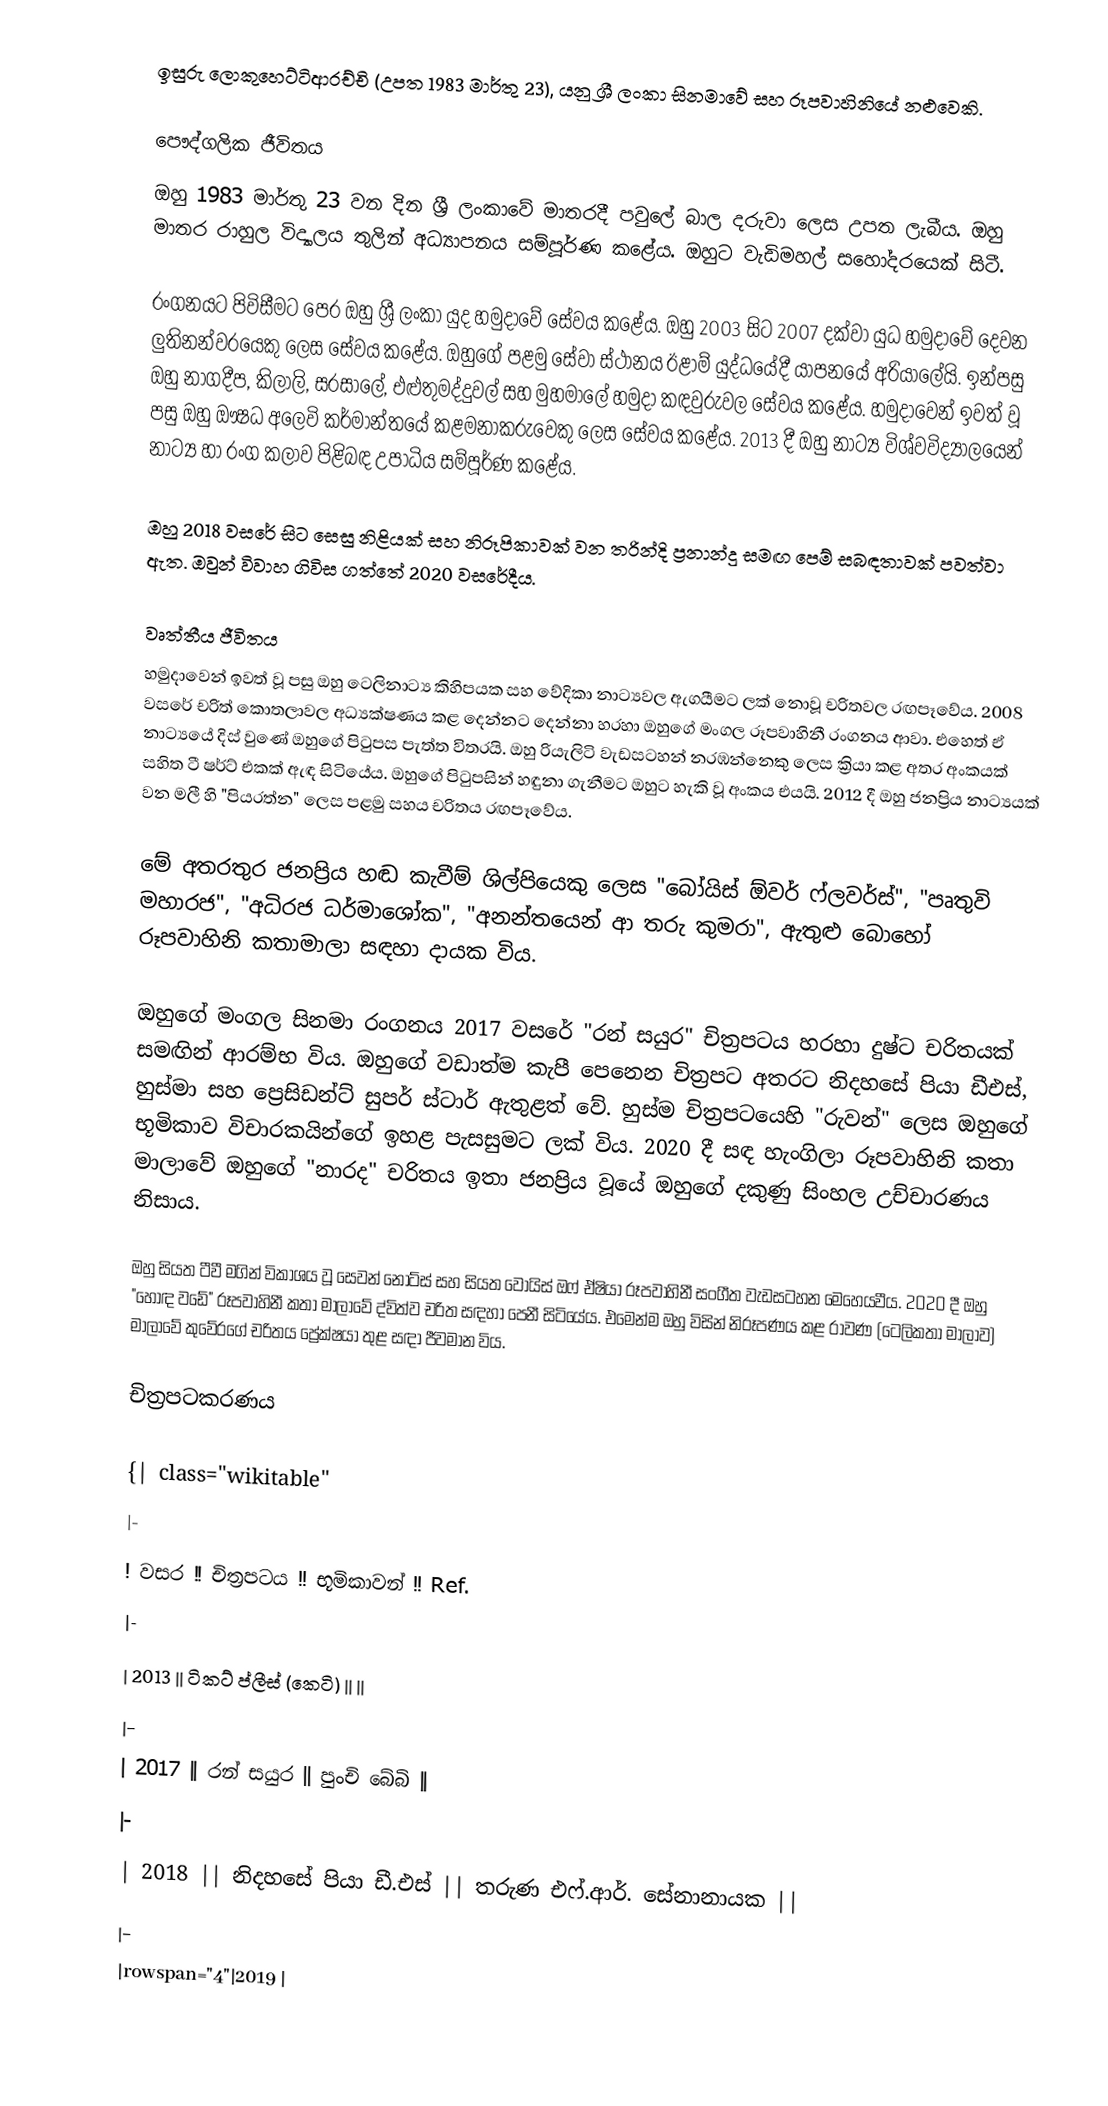
ඉසුරු ලොකුහෙට්ටිආරච්චි (උපත 1983 මාර්තු 23), යනු ශ්‍රී ලංකා සිනමාවේ සහ රූපවාහිනියේ නළුවෙකි.

පෞද්ගලික ජීවිතය
ඔහු 1983 මාර්තු 23 වන දින ශ්‍රී ලංකාවේ මාතරදී පවුලේ බාල දරුවා ලෙස උපත ලැබීය. ඔහු මාතර රාහුල විද්‍යාලය තුලින් අධ්‍යාපනය සම්පූර්ණ කළේය. ඔහුට වැඩිමහල් සහෝදරයෙක් සිටී.

රංගනයට පිවිසීමට පෙර ඔහු ශ්‍රී ලංකා යුද හමුදාවේ සේවය කළේය. ඔහු 2003 සිට 2007 දක්වා යුධ හමුදාවේ දෙවන ලුතිනන්වරයෙකු ලෙස සේවය කළේය. ඔහුගේ පළමු සේවා ස්ථානය ඊළාම් යුද්ධයේදී යාපනයේ අරියාලේයි. ඉන්පසු ඔහු නාගදීප, කිලාලි, සරසාලේ, එළුතුමද්දුවල් සහ මුහමාලේ හමුදා කඳවුරුවල සේවය කළේය. හමුදාවෙන් ඉවත් වූ පසු ඔහු ඖෂධ අලෙවි කර්මාන්තයේ කළමනාකරුවෙකු ලෙස සේවය කළේය. 2013 දී ඔහු නාට්‍ය විශ්වවිද්‍යාලයෙන් නාට්‍ය හා රංග කලාව පිළිබඳ උපාධිය සම්පූර්ණ කළේය.

ඔහු 2018 වසරේ සිට සෙසු නිළියක් සහ නිරූපිකාවක් වන තරින්දි ප්‍රනාන්දු සමඟ පෙම් සබඳතාවක් පවත්වා ඇත. ඔවුන් විවාහ ගිවිස ගත්තේ 2020 වසරේදීය.

වෘත්තීය ජීවිතය
හමුදාවෙන් ඉවත් වූ පසු ඔහු ටෙලිනාට්‍ය කිහිපයක සහ වේදිකා නාට්‍යවල ඇගයීමට ලක් නොවූ චරිතවල රඟපෑවේය. 2008 වසරේ චරිත් කොතලාවල අධ්‍යක්ෂණය කළ දෙන්නට දෙන්නා හරහා ඔහුගේ මංගල රූපවාහිනී රංගනය ආවා. එහෙත් ඒ නාට්‍යයේ දිස් වුණේ ඔහුගේ පිටුපස පැත්ත විතරයි. ඔහු රියැලිටි වැඩසටහන් නරඹන්නෙකු ලෙස ක්‍රියා කළ අතර අංකයක් සහිත ටී ෂර්ට් එකක් ඇඳ සිටියේය. ඔහුගේ පිටුපසින් හඳුනා ගැනීමට ඔහුට හැකි වූ අංකය එයයි. 2012 දී ඔහු ජනප්‍රිය නාට්‍යයක් වන මලී හි "පියරත්න" ලෙස පළමු සහය චරිතය රඟපෑවේය.

මේ අතරතුර ජනප්‍රිය හඬ කැවීම් ශිල්පියෙකු ලෙස "බෝයිස් ඕවර් ෆ්ලවර්ස්", "පෘතුවි මහාරජ", "අධිරජ ධර්මාශෝක", "අනන්තයෙන් ආ තරු කුමරා", ඇතුළු බොහෝ රූපවාහිනි කතාමාලා සඳහා දායක විය.

ඔහුගේ මංගල සිනමා රංගනය 2017 වසරේ "රන් සයුර" චිත්‍රපටය හරහා දුෂ්ට චරිතයක් සමඟින් ආරම්භ විය. ඔහුගේ වඩාත්ම කැපී පෙනෙන චිත්‍රපට අතරට නිදහසේ පියා ඩීඑස්, හුස්මා සහ ප්‍රෙසිඩන්ට් සුපර් ස්ටාර් ඇතුළත් වේ. හුස්ම චිත්‍රපටයෙහි "රුවන්" ලෙස ඔහුගේ භූමිකාව විචාරකයින්ගේ ඉහළ පැසසුමට ලක් විය. 2020 දී සඳ හැංගිලා රූපවාහිනි කතා මාලාවේ ඔහුගේ "නාරද" චරිතය ඉතා ජනප්‍රිය වූයේ ඔහුගේ දකුණු සිංහල උච්චාරණය නිසාය.

ඔහු සියත ටීවී මගින් විකාශය වූ සෙවන් නෝට්ස් සහ සියත වොයිස් ඔෆ් ඒෂියා රූපවාහිනී සංගීත වැඩසටහන මෙහෙයවීය. 2020 දී ඔහු "හොඳ වඩේ" රූපවාහිනී කතා මාලාවේ ද්විත්ව චරිත සඳහා පෙනී සිටියේය. එමෙන්ම ඔහු විසින් නිරූපණය කළ රාවණ (ටෙලිකතා මාලාව) මාලාවේ කුවේරගේ චරිතය ප්‍රේක්ෂයා තුළ සඳා ජීවමාන විය.

චිත්‍රපටකරණය

{| class="wikitable"
|-
! වසර !! චිත්‍රපටය !! භූමිකාවන් !! Ref.
|-
| 2013 || ටිකට් ප්ලීස් (කෙටි) ||  ||
|-
| 2017 || රන් සයුර || පුංචි බේබි ||
|-
| 2018 || නිදහසේ පියා ඩී.එස් || තරුණ එෆ්.ආර්. සේනානායක ||
|-
|rowspan="4"|2019 |